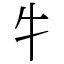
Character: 牜